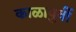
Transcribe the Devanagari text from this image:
काळापुर्वी